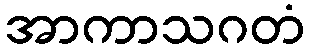
အာကာသဂတံ